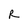
Character: R